Report on certain features of malaria in the island of Salsette
Disease focus: Malaria
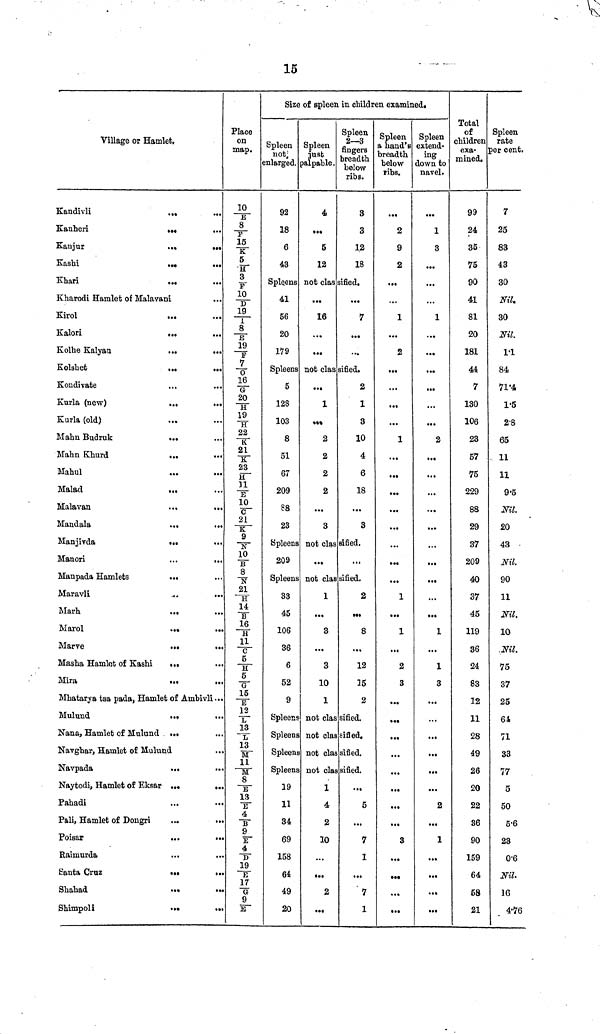
15
Village or Hamlet.
Kandivli
...
Kanheri
...
Kaujur
...
...
Kashi
...
...
Khari
...
Kharodi Hamlet of Malavani
Kirol
Kalori
...
Kolhe
Kalyan
...
...
Kolshet
...
...
Kondivate
Kurla (new)
...
...
Kurla (old)
...
Mahn Budruk
...
Mahn Khurd
...
...
Mahul
Malad
Malavan
...
..
Mandala
...
Manjivda
...
Manori
Manpada Hamlets
...
Maravli
...
..
Marh
...
..
Marol
...
..
Marre
...
..
Masha Hamlet of Kashi
...
Mira
...
..
Mhatarya tsa pada, Hamlet of Ambivli..
Mulund
...
..
Nana, Hamlet of Mulund ...
Navghar, Hamlet of Mulund
Navpada
...
...
Naytodi, Hamlet of Eksar ...
...
Pahadi
...
Pali, Hamlet of Dongri
...
.
Poisar
Raimurda
Santa Cruz
...
.
Shahad
...
Shimpoli
...
Place
on
map.
10
E
8/F
15/ K
5
H
3/F
10
D
19/I
8
E
19
F
7
0
16
G
20
H
19
H
22
K
21/ K
23
H
11/E
10
c
21
K
9/N
10
B
8/ N
21
H
14
B
16
H
11
C
5
H
5
G
15
E
12
L
13/ L
13
M
11
M
8
E
13
T
4
B
9
E
4
D
19
E
17
G
9
E
Size of spleen in children examined.
Spleen
not
enlarged.
92
18
6
43
Spleens
41
56
20
179
Spleens
5
128
103
8
51
67
209
88
23
Spleens
209
Spleen
33
45
106
36
6
52
9
Spleen
Spleen
Spleen
Spleen
19
11
34
69
158
64
49
20
Spleen
just
palpable.
4
...
5
12
Spleen
2—3
fingers
breadth
below
ribs.
3
3
12
18
not classified.
...
16
...
...
...
7
...
...
not classified.
...
1
...
2
2
2
2
...
3
2
1
3
10
4
6
18
...
3
not classified.
...
...
not classified.
1
...
3
...
3
10
1
2
...
8
...
12
15
2
not classified.
not classified.
not classified.
not classified.
1
4
2
10
...
2
...
...
5
...
7
1
7
1
Spleen
a hand's
breadth
below
ribs.
...
2
9
2
...
...
1
...
2
...
...
...
...
1
...
...
...
...
...
»•»
...
...
1
...
1
...
2
3
...
...
...
...
...
...
• •«
3
ta«
...
Spleen
extend-
ing
down to
navel.
1
3
...
...
...
1
...
...
...
...
...
...
2
...
...
...
...
...
...
...
...
...
1
...
1
3
...
...
...
...
...
...
2
...
1
...
...
...
Total
of
children
exa-
mined.
99
24
35
75
90
41
81
20
181
44
7
130
106
23
57
75
229
88
29
37
209
40
37
45
119
36
2i
83
12
11
28
49
26
20
22
36
90
159
64
58
21
Spleen
rate
per cent.
7
25
83
43
30
Nil.
30
Nil.
1.1
84
71.4
1.5
2.8
65
11
11
9.5
Nil.
20
43
Nil.
90
11
Nil.
10
Nil.
75
37
25
64
71
33
77
5
50
5.6
23
0.6
Nil.
16
4.76